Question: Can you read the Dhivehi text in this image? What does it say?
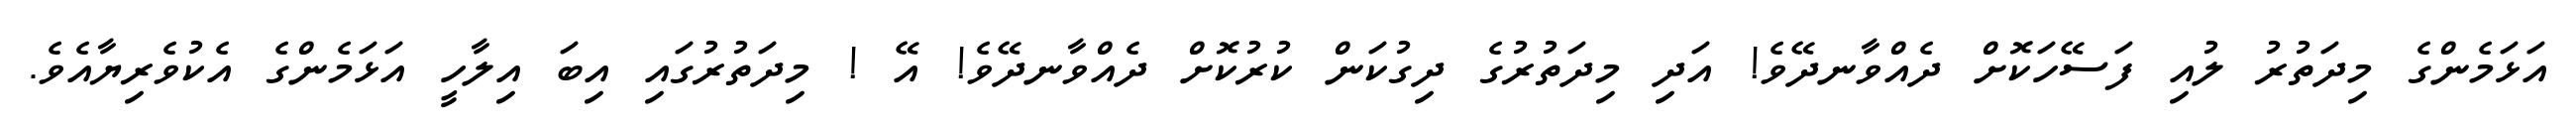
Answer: އަޅަމެންގެ މިދަތުރު ލުއި ފަސޭހަކޮށް ދެއްވާނދޭވެ! އަދި މިދަތުރުގެ ދިގުކަން ކުރުކޮށް ދެއްވާނދޭވެ! އޭ ! މިދަތުރުގައި އިބަ އިލާހީ އަޅަމެންގެ އެކުވެރިޔާއެވެ.